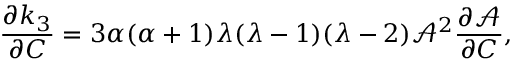
\frac { \partial k _ { 3 } } { \partial C } = 3 \alpha ( \alpha + 1 ) \lambda ( \lambda - 1 ) ( \lambda - 2 ) \mathcal { A } ^ { 2 } \frac { \partial \mathcal { A } } { \partial C } ,